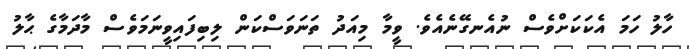
ހާލު ހަމަ އެކަކަށްވެސް ނުއެނގޭނެއެވެ. ވީމާ މިއަދު ތަނަވަސްކަން ލިބިފައިވީނަމަވެސް މާދަމާގެ ޙާލު